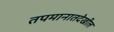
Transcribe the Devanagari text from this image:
तपमानातदेखील